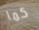
كما